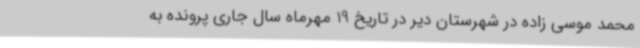
محمد موسی زاده در شهرستان دیر در تاریخ 19 مهرماه سال جاری پرونده به